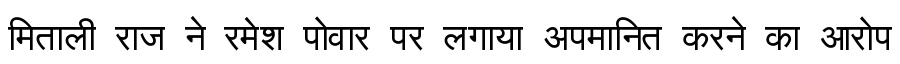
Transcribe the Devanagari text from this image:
मिताली राज ने रमेश पोवार पर लगाया अपमानित करने का आरोप